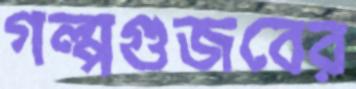
গল্পগুজবের